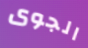
الجوى